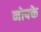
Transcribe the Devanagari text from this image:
नोफ्के